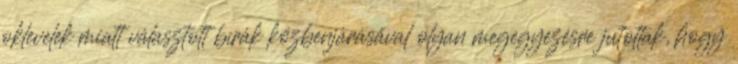
oklevelek miatt választott bírák közbenjárásával olyan megegyezésre jutottak, hogy